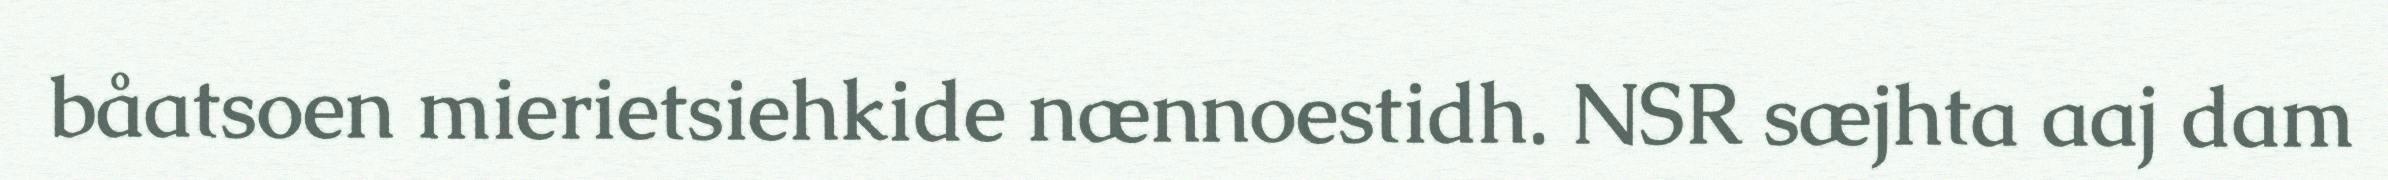
båatsoen mierietsiehkide nænnoestidh. NSR sæjhta aaj dam